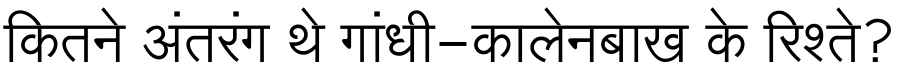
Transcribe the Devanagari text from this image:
कितने अंतरंग थे गांधी-कालेनबाख के रिश्ते?